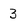
Character: 3